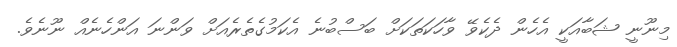
މިނޫނީ ޝަބާއަކީ އެހެން ދެކެވޭ ވާހަކަތަކަށް ބަސްބުނެ އެކަމުގެތެރެއަށް ވަންނަ އަންހެނެއް ނޫނެވެ.